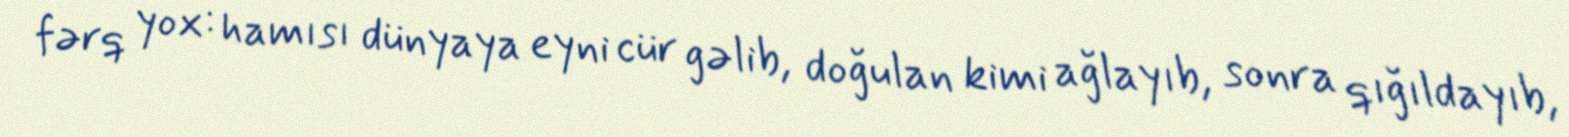
fərq yox: hamısı dünyaya eyni cür gəlib, doğulan kimi ağlayıb, sonra qığıldayıb,